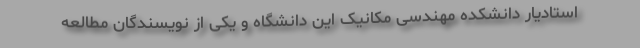
استادیار دانشکده مهندسی مکانیک این دانشگاه و یکی از نویسندگان مطالعه